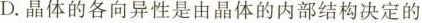
D.晶体的各向异性是由晶体的内部结构决定的